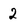
Character: 2